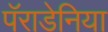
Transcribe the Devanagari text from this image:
पॅराडेनिया